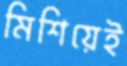
মিশিয়েই